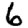
Digit: 6